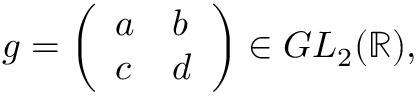
g = { \left( \begin{array} { l l } { a } & { b } \\ { c } & { d } \end{array} \right) } \in G L _ { 2 } ( \mathbb { R } ) ,